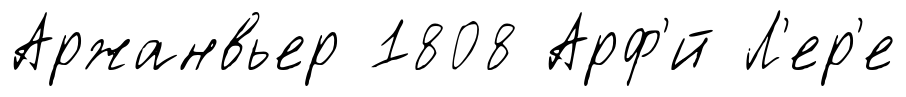
Аржанвьер 1808 Арф'́й Л'ер'е